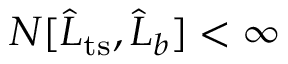
N [ \widehat { L } _ { \mathrm { t s } } , \widehat { L } _ { b } ] < \infty